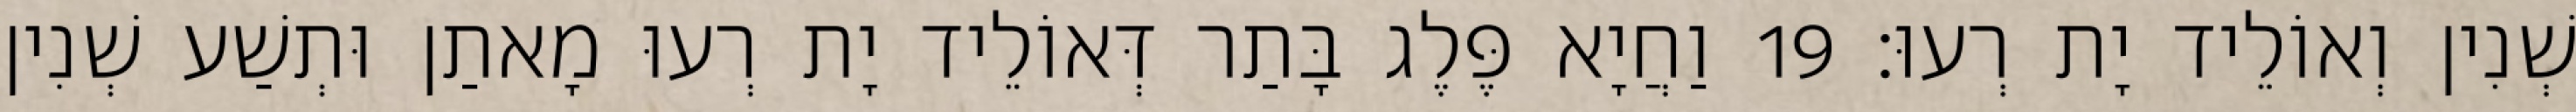
שְׁנִין וְאוֹלֵיד יָת רְעוּ׃ 19 וַחֲיָא פֶּלֶג בָּתַר דְּאוֹלֵיד יָת רְעוּ מָאתַן וּתְשַׁע שְׁנִין